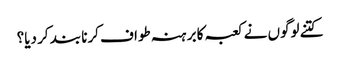
کتنے لوگوں نے کعبہ کا برہنہ طواف کرنا بند کر دیا؟